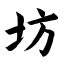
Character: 坊